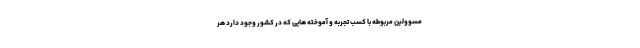
مسوولین مربوطه با کسب تجربه و آموخته هایی که در کشور وجود دارد هر